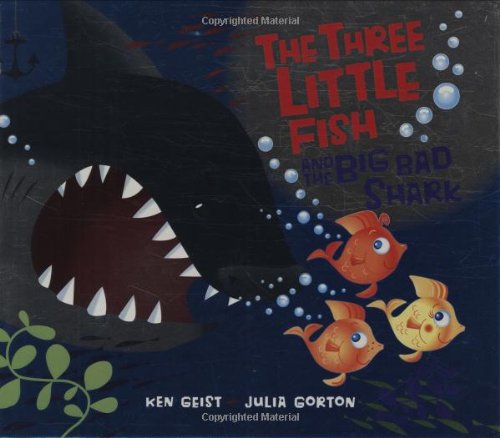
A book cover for The Three Little Fish And The Big Bad Shark; Will Grace; Children's Books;